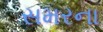
સમરના